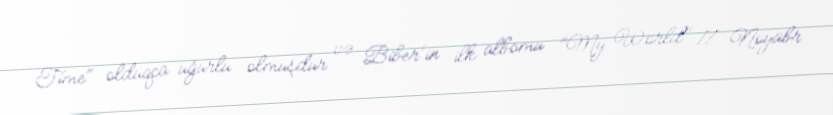
Time" olduqca uğurlu olmuşdur və Biber'in ilk albomu "My World" 17 Noyabr